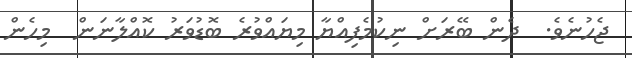
ޖެހުނެވެ.  ދެން ބޭރަށް ނިކުމެފިއްޔާ މިޔައްވުރެ ބޮޑުވަރު ކޮއްލާނަން  މިހެން